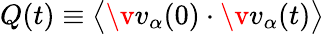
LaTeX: Q(t)\equiv\bigl\langle\v{v}_{\alpha}(0)\cdot\v{v}_{\alpha}(t)\bigr\rangle